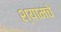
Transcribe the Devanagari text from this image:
श्यामचे